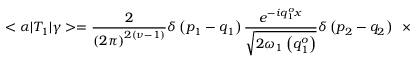
< \alpha | T _ { 1 } | \gamma > = \frac { 2 } { \left( 2 \pi \right) ^ { 2 \left( \nu - 1 \right) } } \delta \left( p _ { 1 } - q _ { 1 } \right) \frac { e ^ { - i q _ { 1 } ^ { o } x } } { \sqrt { 2 { \omega } _ { 1 } \left( q _ { 1 } ^ { o } \right) } } \delta \left( p _ { 2 } - q _ { 2 } \right) \; \; \times